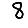
Digit: 8